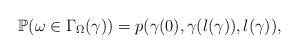
LaTeX: \begin{align*}\mathbb{P}(\omega\in\Gamma_{\Omega}(\gamma))=p(\gamma(0),\gamma(l(\gamma)),l(\gamma)),\end{align*}